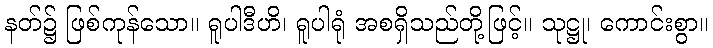
နတ်၌ ဖြစ်ကုန်သော။ ရူပါဒီဟိ၊ ရူပါရုံ အစရှိသည်တို့ဖြင့်။ သုဋ္ဌု၊ ကောင်းစွာ။